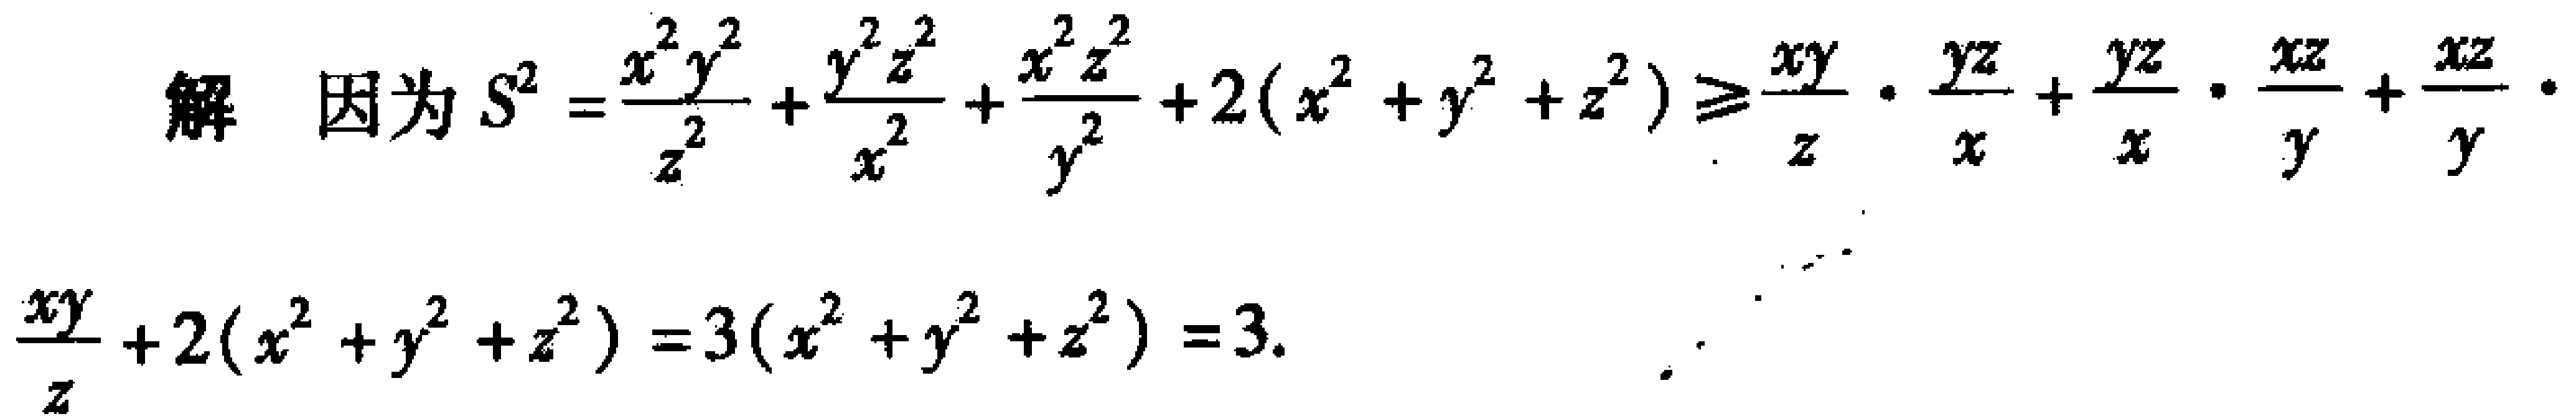
解 因为 \(S^{2}=\frac{x^{2}y^{2}}{z^{2}}+\frac{y^{2}z^{2}}{x^{2}}+\frac{x^{2}z^{2}}{y^{2}}+2(x^{2}+y^{2}+z^{2})\geq\frac{xy}{z}\cdot\frac{yz}{x}+\frac{yz}{x}\cdot\frac{xz}{y}+\frac{xz}{y}\cdot\frac{xy}{z}+2(x^{2}+y^{2}+z^{2}) = 3(x^{2}+y^{2}+z^{2})=3\).